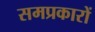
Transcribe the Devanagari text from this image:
समप्रकारों